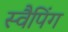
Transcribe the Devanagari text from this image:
स्वैपिंग